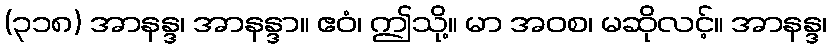
(၃၁၈) အာနန္ဒ၊ အာနန္ဒာ။ ဧဝံ၊ ဤသို့။ မာ အဝစ၊ မဆိုလင့်။ အာနန္ဒ၊